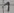
Text: 1